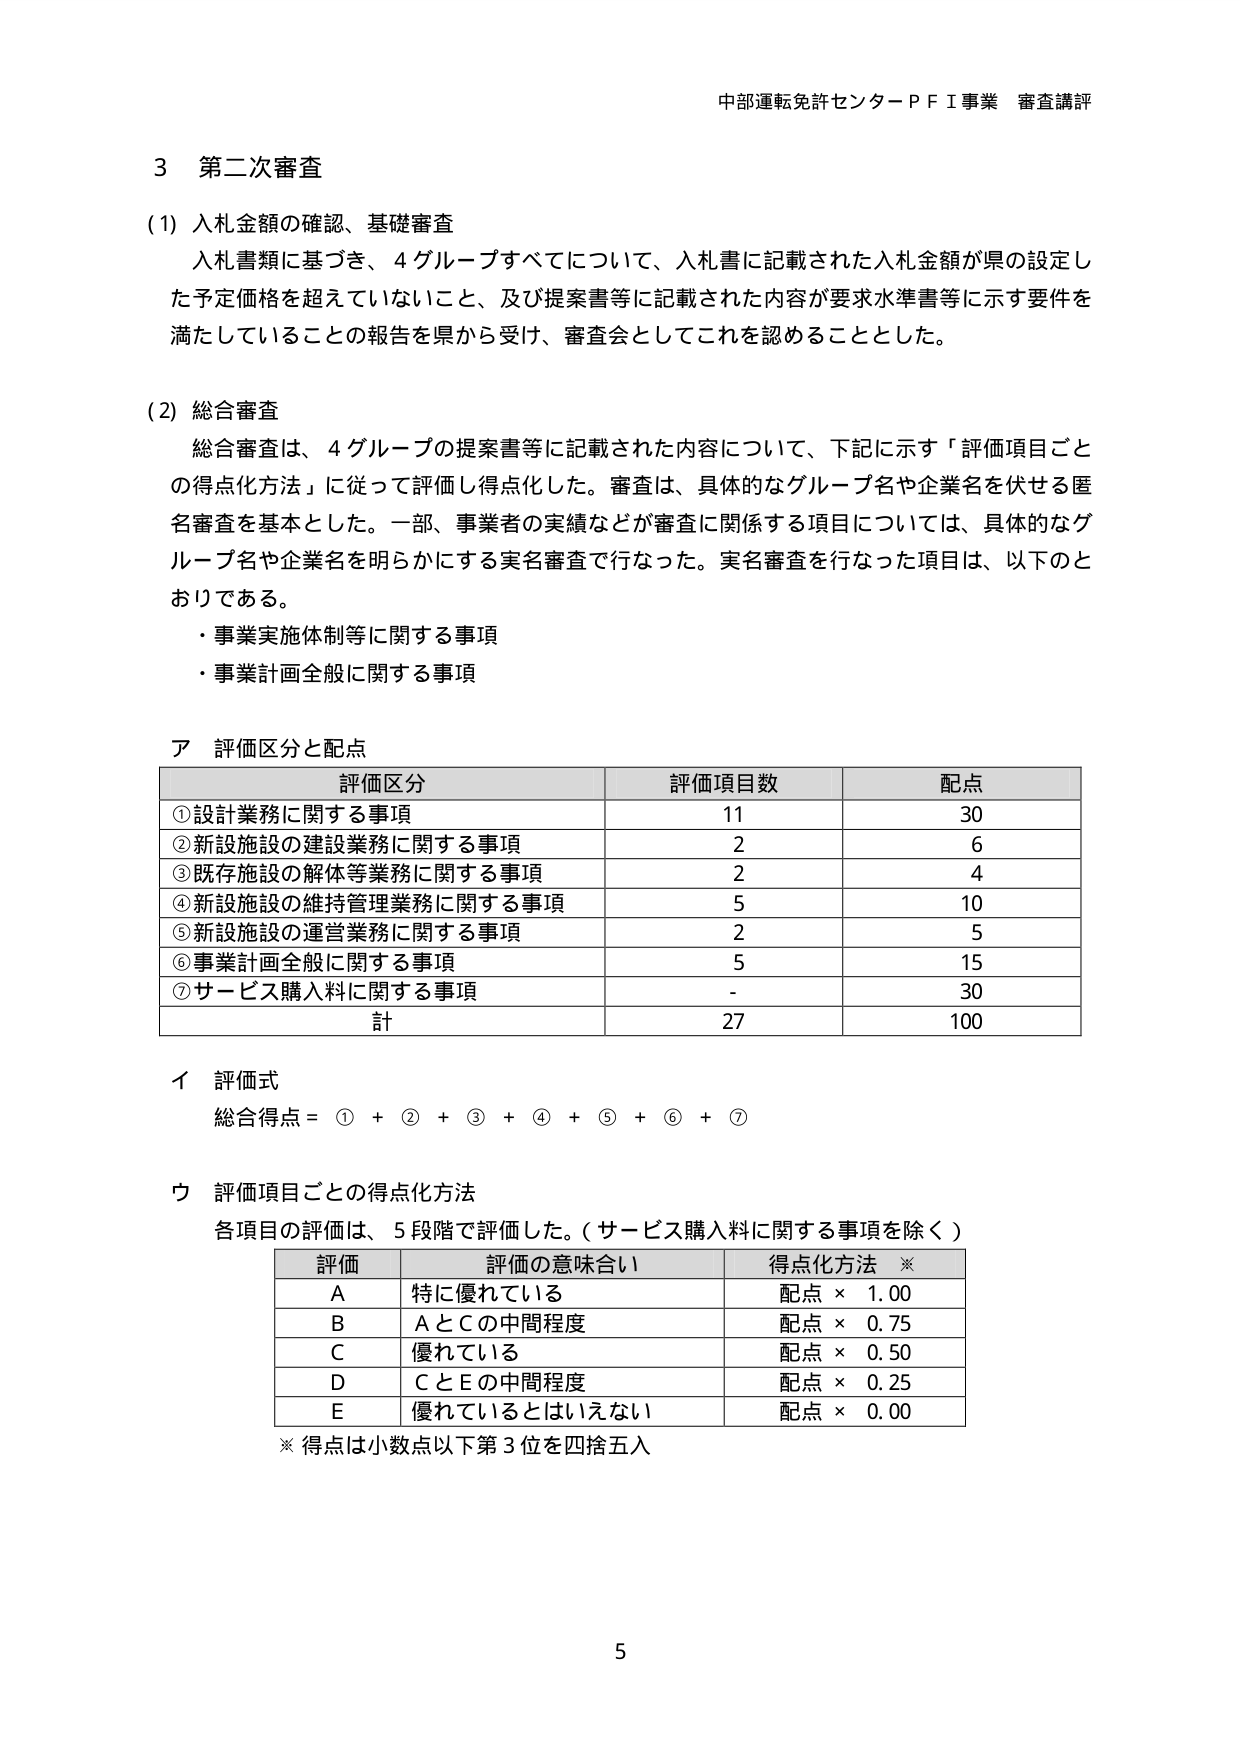
中部運転免許センターＰＦＩ事業 審査講評

3 第二次審査

(1) 入札金額の確認、基礎審査
　入札書類に基づき、4グループすべてについて、入札書に記載された入札金額が県の設定した予定価格を超えていないこと、及び提案書等に記載された内容が要求水準書等に示す要件を満たしていることの報告を県から受け、審査会としてこれを認める thingとした。

(2) 総合審査
　総合審査は、4グループの提案書等に記載された内容について、下記に示す「評価項目ごとの得点化方法」に従って評価し得点化した。審査は、具体的なグループ名や企業名を伏せる匿名審査を基本とした。一部、事業者の実績などが審査に関係する項目については、具体的なグループ名や企業名を明らかにする実名審査で行なった。実名審査を行なった項目は、以下のとおりである。
　・事業実施体制等に関する事項
　・事業計画全般に関する事項

ア 評価区分と配点

| 評価区分 | 評価項目数 | 配点 |
|----------|------------|------|
| ①設計業務に関する事項 | 11 | 30 |
| ②新設施設の建設業務に関する事項 | 2 | 6 |
| ③既存施設の解体等業務に関する事項 | 2 | 4 |
| ④新設施設の維持管理業務に関する事項 | 5 | 10 |
| ⑤新設施設の運営業務に関する事項 | 2 | 5 |
| ⑥事業計画全般に関する事項 | 5 | 15 |
| ⑦サービス購入料に関する事項 | - | 30 |
| 計 | 27 | 100 |

イ 評価式
　総合得点 = ① + ② + ③ + ④ + ⑤ + ⑥ + ⑦

ウ 評価項目ごとの得点化方法
　各項目の評価は、5段階で評価した。（サービス購入料に関する事項を除く）

| 評価 | 評価の意味合い | 得点化方法 ※ |
|------|----------------|---------------|
| A | 特に優れている | 配点 × 1.00 |
| B | AとCの中間程度 | 配点 × 0.75 |
| C | 優れている | 配点 × 0.50 |
| D | CとEの中間程度 | 配点 × 0.25 |
| E | 優れているとはいえない | 配点 × 0.00 |

※ 得点は小数点以下第3位を四捨五入

5